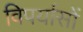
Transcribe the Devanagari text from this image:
विपर्यासों